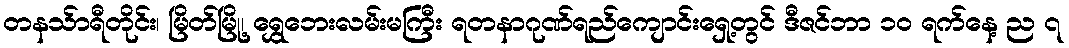
တနသ်ာရီတိုင်း၊ မြိတ်မြို့၊ ရွှေဘေးလမ်းမကြီး ရတနာဂုဏ်ရည်ကျောင်းရှေ့တွင် ဒီဇင်ဘာ ၁၀ ရက်နေ့ ည ၇